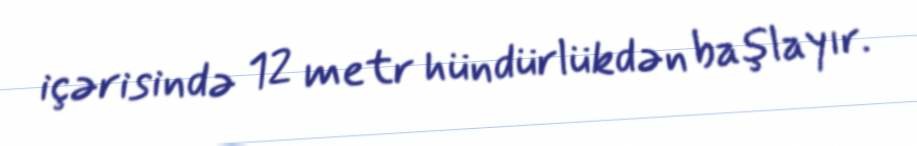
içərisində 12 metr hündürlükdən başlayır.